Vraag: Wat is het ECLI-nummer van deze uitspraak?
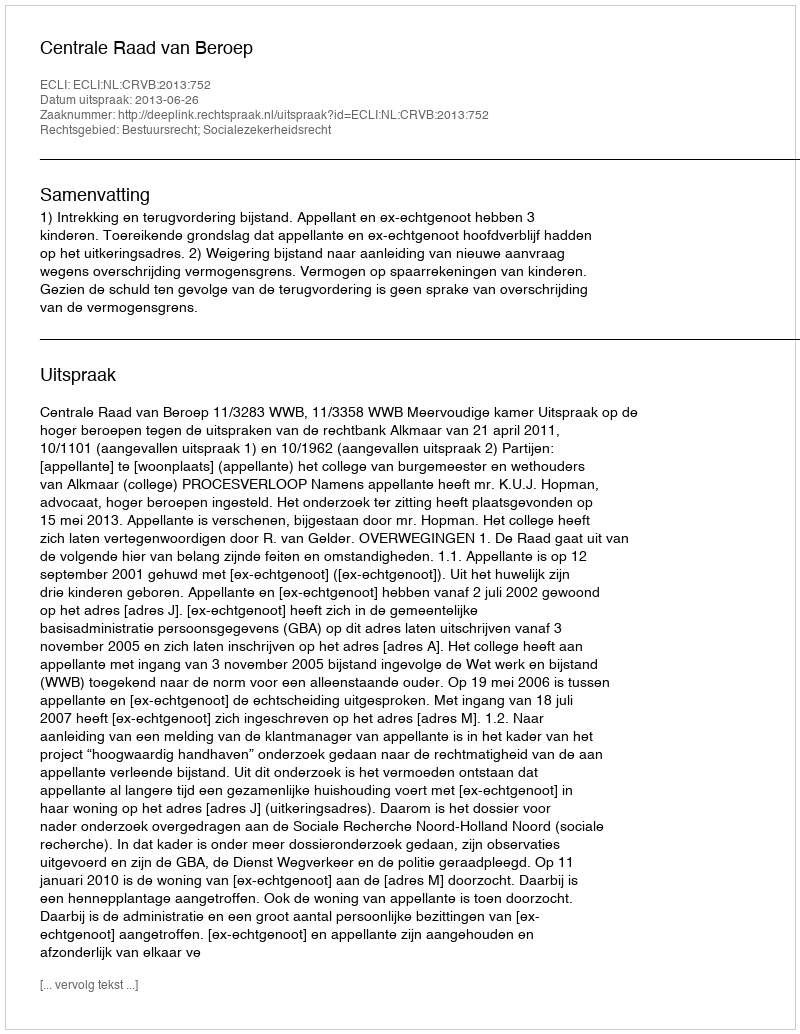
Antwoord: ECLI:NL:CRVB:2013:752